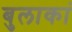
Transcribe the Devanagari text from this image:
बुलाकां